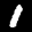
Label: 1